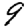
Digit: 9